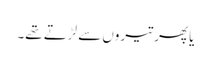
یا پھر تیروں سے لڑتے تھے۔